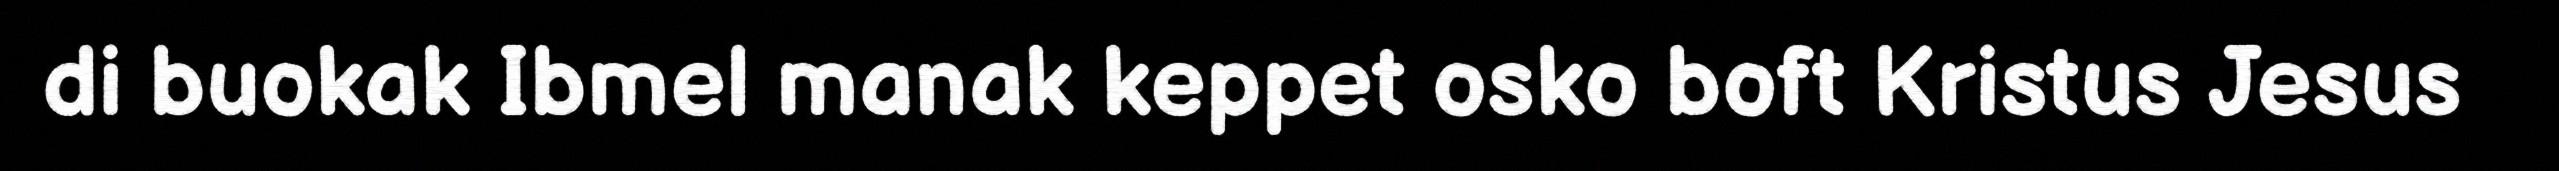
di buokak Ibmel manak keppet osko boft Kristus Jesus